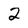
Character: 2